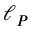
\ell _ { P }